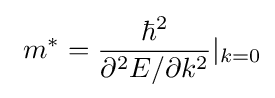
\ {m^{*}={\frac {\hbar ^{2}}{\partial ^{2}E/\partial k^{2}}}}|_{k=0}